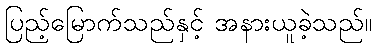
ပြည့်မြောက်သည်နှင့် အနားယူခဲ့သည်။